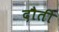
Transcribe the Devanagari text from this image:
दौती